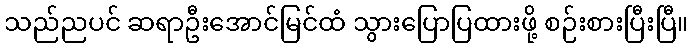
သည်ညပင် ဆရာဦးအောင်မြင်ထံ သွားပြောပြထားဖို့ စဉ်းစားပြီးပြီ။